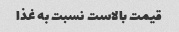
قیمت بالاست نسبت به غذا